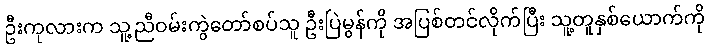
ဦးကုလားက သူ့ညီဝမ်းကွဲတော်စပ်သူ ဦးပြဲမွန်ကို အပြစ်တင်လိုက်ပြီး သူ့တူနှစ်ယောက်ကို